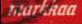
markkaa